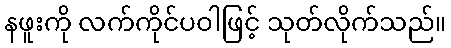
နဖူးကို လက်ကိုင်ပဝါဖြင့် သုတ်လိုက်သည်။